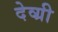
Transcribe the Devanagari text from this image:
देव्ग्री